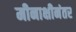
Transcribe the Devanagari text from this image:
मीनाक्षीनंतर